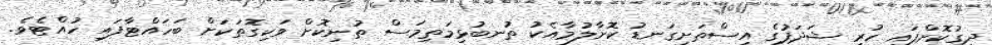
ދިގުކޮށްފައި ހުރި ޝަދަފުގެ އިސްތަށިގަނޑު ކޮށާލުމާއެކު ތުނބުޅިމަތިމަސް ތުނިކޮށް ވަކިގޮތަކަށް ބަހައްޓާފައި ހުއްޓެވެ.